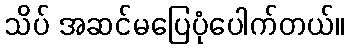
သိပ် အဆင်မပြေပုံပေါက်တယ်။